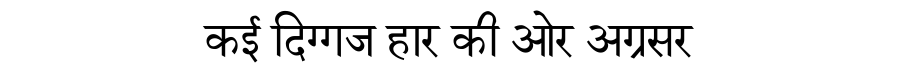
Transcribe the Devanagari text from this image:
कई दिग्गज हार की ओर अग्रसर